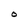
Character: O